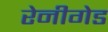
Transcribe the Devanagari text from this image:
रेनीगेड